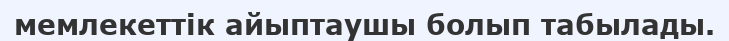
мемлекеттік айыптаушы болып табылады.